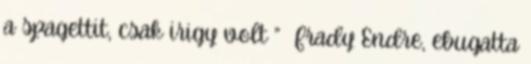
a spagettit, csak irigy volt ” Frady Endre, ebugatta